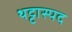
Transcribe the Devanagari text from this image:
थट्टास्पद